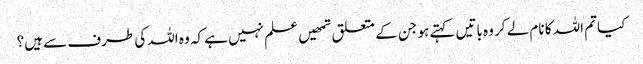
کیا تم اللہ کا نام لے کر وہ باتیں کہتے ہو جن کے متعلق تمھیں علم نہیں ہے کہ وہ اللہ کی طرف سے ہیں؟